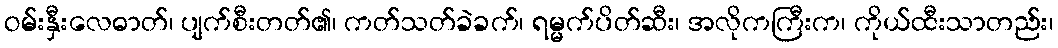
ဝမ်းနှီးလေဓာတ်၊ ပျက်စီးတတ်၏၊ ကတ်သတ်ခဲခက်၊ ရမ္မက်ပိတ်ဆီး၊ အလိုကကြီးက၊ ကိုယ်ထီးသာတည်း၊